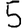
Digit: 5